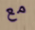
مع